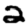
Digit: 2